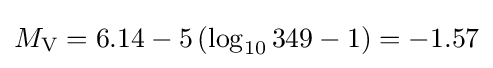
M_{\mathrm {V} }=6.14-5\left(\log _{10}349-1\right)=-1.57